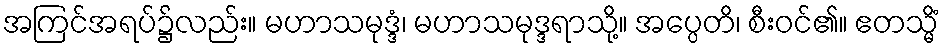
အကြင်အရပ်၌လည်း။ မဟာသမုဒ္ဒံ၊ မဟာသမုဒ္ဒရာသို့။ အပ္ပေတိ၊ စီးဝင်၏။ ဧတသ္မိံ